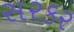
સરકર